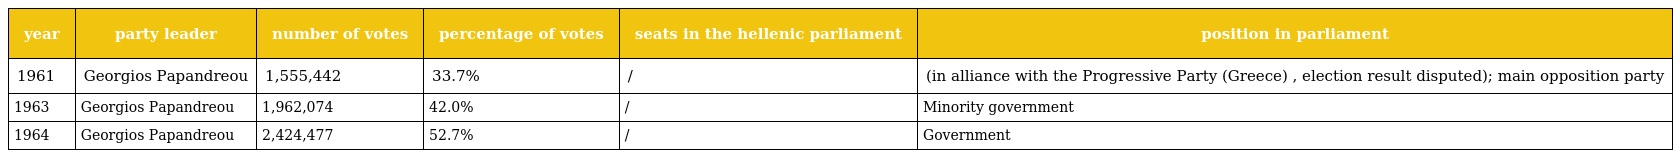
| year | party leader | number of votes | percentage of votes | seats in the hellenic parliament | position in parliament |
 | --- | --- | --- | --- | --- | --- |
 | 1961 | Georgios Papandreou | 1,555,442 | 33.7% | / | (in alliance with the Progressive Party (Greece) , election result disputed); main opposition party |
 | 1963 | Georgios Papandreou | 1,962,074 | 42.0% | / | Minority government |
 | 1964 | Georgios Papandreou | 2,424,477 | 52.7% | / | Government |